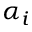
\alpha _ { i }